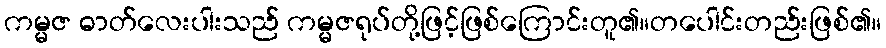
ကမ္မဇ ဓာတ်လေးပါးသည် ကမ္မဇရုပ်တို့ဖြင့်ဖြစ်ကြောင်းတူ၏။တပေါင်းတည်းဖြစ်၏။